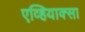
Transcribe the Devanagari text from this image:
एव्हियाक्सा